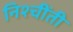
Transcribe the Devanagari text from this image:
निश्चींती